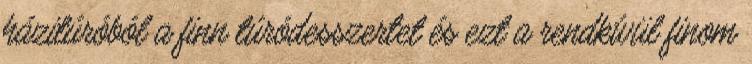
házitúróból a finn túródesszertet és ezt a rendkívül finom